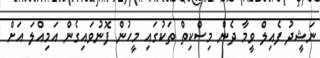
ނަޝީދު ފެއިލް ވީމާ ދެން މިސްކިތް ތަކުގައި މީހުން ފޮނުވައިގެން އަމިއްލަ އަށް